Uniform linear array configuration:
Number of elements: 32
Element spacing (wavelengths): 0.25
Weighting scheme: cosine
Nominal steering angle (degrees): -30
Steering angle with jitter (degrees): -30.715
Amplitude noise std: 0.05
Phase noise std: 0.05

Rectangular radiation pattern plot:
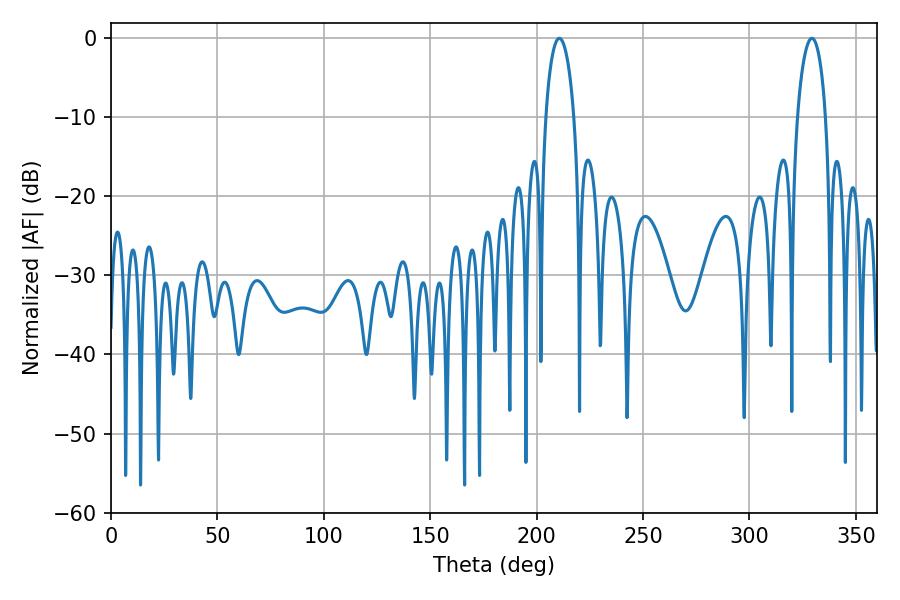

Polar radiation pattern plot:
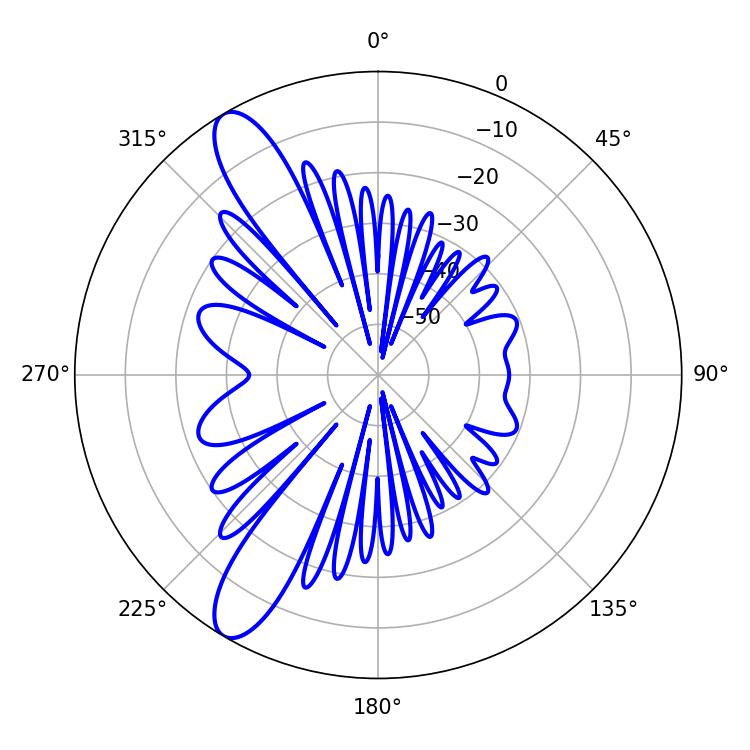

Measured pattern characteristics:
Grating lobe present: FALSE
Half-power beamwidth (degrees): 7.56
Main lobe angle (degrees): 210.6